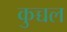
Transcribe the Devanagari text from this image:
कुच्चल